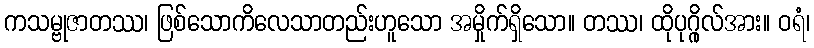
ကသမ္ဗုဇာတဿ၊ ဖြစ်သောကိလေသာတည်းဟူသော အမှိုက်ရှိသော။ တဿ၊ ထိုပုဂ္ဂိုလ်အား။ ဝရံ၊